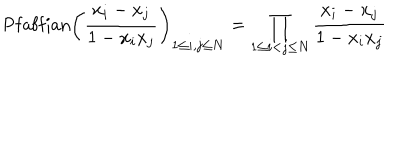
\mathrm { P f a f f i a n } \left( { \frac { x _ { i } - x _ { j } } { 1 - x _ { i } x _ { j } } } \right) _ { 1 \le i , j \le N } = \prod _ { 1 \le i < j \le N } { \frac { x _ { i } - x _ { j } } { 1 - x _ { i } x _ { j } } }